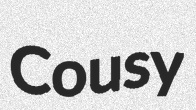
Cousy